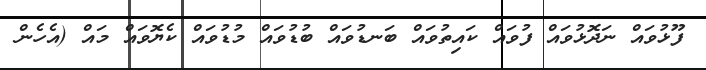
ފޫޅުވައް ނަދޮޅުވައް ފުވައް ކައިތުވައް ބަނޑުވައް ބުޑުވައް މުޑުވައް ކެޔޮވައް މައް (އެހެން